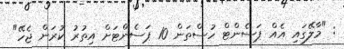
: "މާލޭގައި އެއް ޕަސެންޓް ހުސްތަން 10 ޕަސެންޓަށް އިތުރު ކުރަން ޖެހޭ"